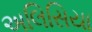
અલિસિયા